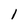
Character: 1